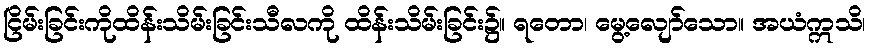
ငြိမ်းခြင်းကိုထိန်းသိမ်းခြင်းသီလကို ထိန်းသိမ်းခြင်း၌။ ရတော၊ မွေ့လျော်သော။ အယံဣသိ၊